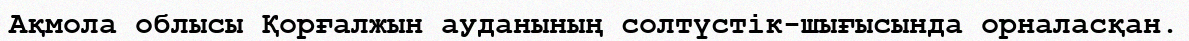
Ақмола облысы Қорғалжын ауданының солтүстік-шығысында орналасқан.